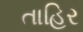
તાહિર